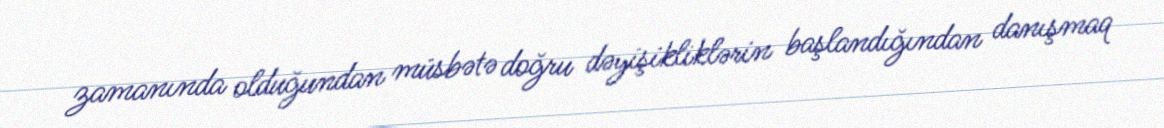
zamanında olduğundan müsbətə doğru dəyişikliklərin başlandığından danışmaq